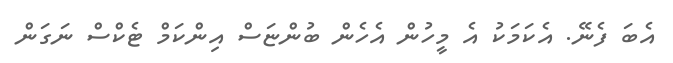
އެބަ ފެނޭ. އެކަމަކު އެ މީހުން އެހެން ބުންޏަސް އިންކަމް ޓެކްސް ނަގަން